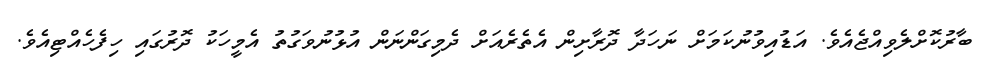
ބާރުކޮށްލެވިއްޖެއެވެ. އަޑުއިވުނުކަމަށް ނަހަދާ ދޮރާށިން އެތެރެއަށް ދެމިގަންނަން އުޅުނުވަގުތު އެމީހަކު ދޮރުގައި ހިފެހެއްޓިއެވެ.